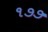
૧૭૭